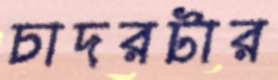
চাদরটার